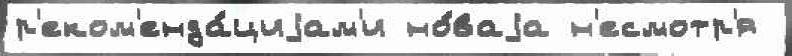
р'еком'енда́циjам'и но́ваjа н'есмотр'я